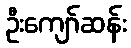
ဦးကျော်ဆန်း